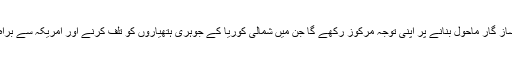
جنوبی کوریا کا وفد اپنے دو روزہ قیام کے دوران مذاکرات کے لیے ساز گار ماحول بنانے پر اپنی توجہ مرکوز رکھے گا جن میں شمالی کوریا کے جوہری ہتھیاروں کو تلف کرنے اور امریکہ سے براہ راست مذاکرات کرنے جیسے حساس نوعیت کے معاملات شامل ہیں۔